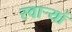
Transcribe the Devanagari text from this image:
स्वार्‍यां